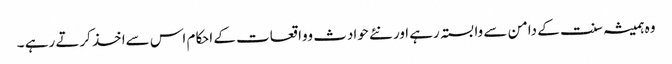
وہ ہمیشہ سنت کے دامن سے وابستہ رہے اور نئے حوادث وواقعات کے احکام اس سےاخذ کرتے رہے ۔